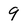
Character: 9